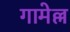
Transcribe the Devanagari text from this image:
गामेल्ल